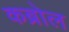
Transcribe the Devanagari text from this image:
कब्रोल